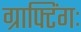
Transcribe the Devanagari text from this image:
ग्राफ्टिंगः